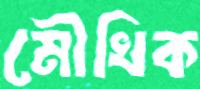
মৌখিক